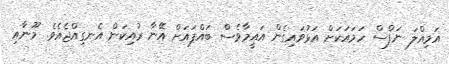
އަމިއްލަ ނަފްސް ހަމައަކަށް އަޅުވައިގެން އައީމާވެސް ބައްޕައަށް އޭނާ ރުއިކަން އެނގިއްޖެއެވެ. މޫނާއި